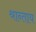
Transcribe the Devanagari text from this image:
श्रान्ताय